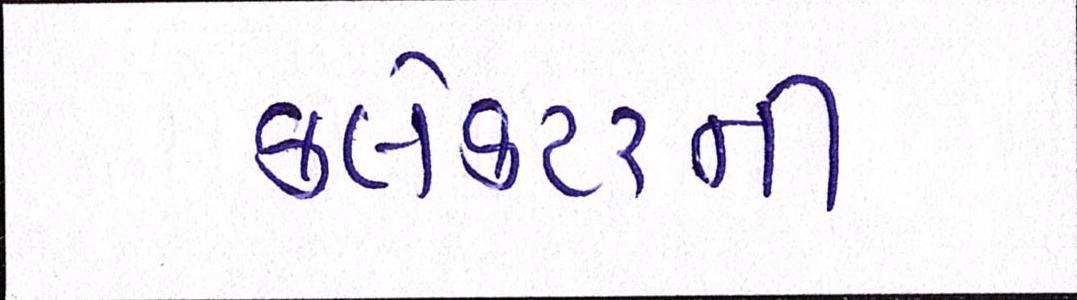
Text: કલેક્ટરની